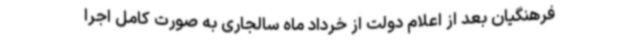
فرهنگیان بعد از اعلام دولت از خرداد ماه سالجاری به صورت کامل اجرا